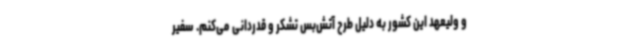
و ولیعهد این کشور به دلیل طرح آتش‌بس تشکر و قدردانی می‌کنم. سفیر